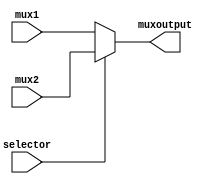
`timescale 1ns / 1ps
//////////////////////////////////////////////////////////////////////////////////
// Company: 
// Engineer: 
// 
// Design Name: 
// Module Name: mux
// Project Name: 
// Target Devices: 
// Tool Versions: 
// Description: 
// 
// Dependencies: 
// 
// Revision:
// Revision 0.01 - File Created
// Additional Comments:
// 
//////////////////////////////////////////////////////////////////////////////////

// selector 0 mux1, 0 mux0 
module mux(
    mux1, mux2, muxoutput, selector
    );
    input [31:0] mux1;
    input [31:0] mux2;
    output [31:0] muxoutput;
    input selector;
    
    assign muxoutput = (selector == 0)?mux1 : mux2;
        
endmodule